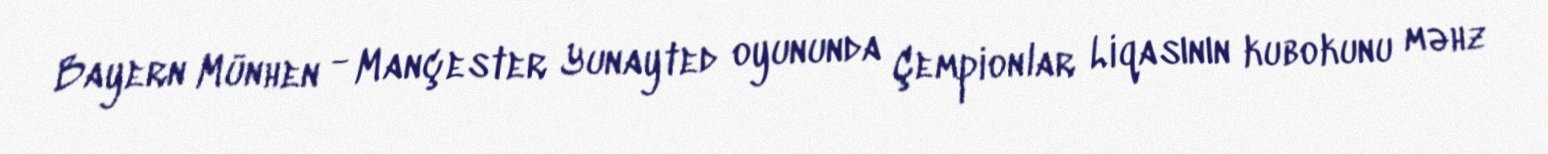
Bayern Münhen - Mançester Yunayted oyununda Çempionlar Liqasının kubokunu məhz